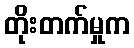
တိုးတက်မှုက